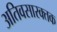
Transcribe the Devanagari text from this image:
अतिवसारक्तक